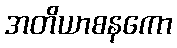
အတိယာစနကော